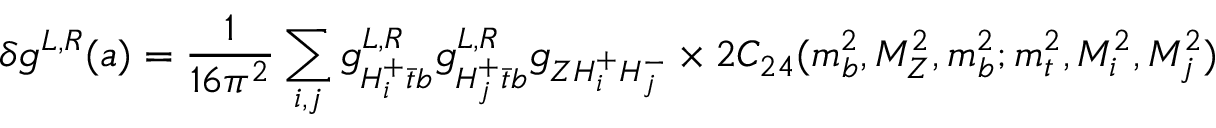
\delta g ^ { L , R } ( a ) = \frac { 1 } { 1 6 \pi ^ { 2 } } \sum _ { i , j } g _ { H _ { i } ^ { + } \bar { t } b } ^ { L , R } g _ { H _ { j } ^ { + } \bar { t } b } ^ { L , R } g _ { Z H _ { i } ^ { + } H _ { j } ^ { - } } \times 2 C _ { 2 4 } ( m _ { b } ^ { 2 } , M _ { Z } ^ { 2 } , m _ { b } ^ { 2 } ; m _ { t } ^ { 2 } , M _ { i } ^ { 2 } , M _ { j } ^ { 2 } )